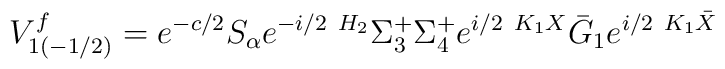
V^f_{1(-1/2)}=e^{-c/2}S_{\alpha}e^{-i/2\ H_2}\Sigma^{+}_3\Sigma^{+}_4 e^{i/2\ K_1X} \bar G_1 e^{i/2\ K_1\bar X}